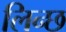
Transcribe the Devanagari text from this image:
लिन्छ